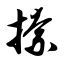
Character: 捺